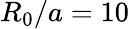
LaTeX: R_{0}/a=10